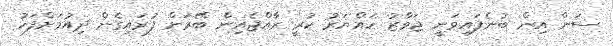
ސަން އިން ބުނެފައިވަނީ ޖަވާޒު ހައްޔަރު ކުރީ ރާއްޖެއިން ބޭރަށް ފުރައިގެން ދިއުމަށްފަހު